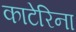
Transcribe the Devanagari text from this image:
काटेरिना